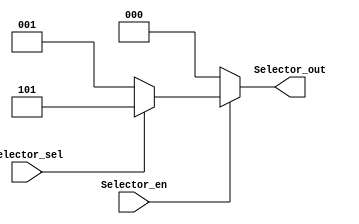
module Selector(
Selector_en,
Selector_sel,
Selector_out
);

input	Selector_en;

input	Selector_sel;

output [2:0] Selector_out;

reg [2:0] Selector_out;

always @ (Selector_en , Selector_sel)
begin 
	if(Selector_en)
		begin
			if(Selector_sel)
				Selector_out = 3'b101;
			else if(!Selector_sel)
				Selector_out = 3'b001;
			else 
				Selector_out = 3'b000;
		end
	else
		Selector_out = 3'b000;
end 

endmodule